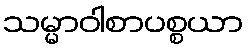
သမ္မာဝါစာပစ္စယာ